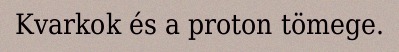
Kvarkok és a proton tömege.